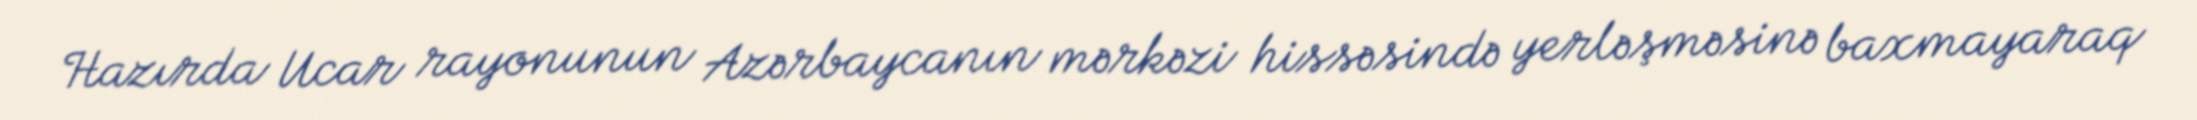
Hazırda Ucar rayonunun Azərbaycanın mərkəzi hissəsində yerləşməsinə baxmayaraq